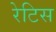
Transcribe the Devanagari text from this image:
रेटिस